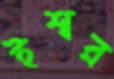
ইশ্বর